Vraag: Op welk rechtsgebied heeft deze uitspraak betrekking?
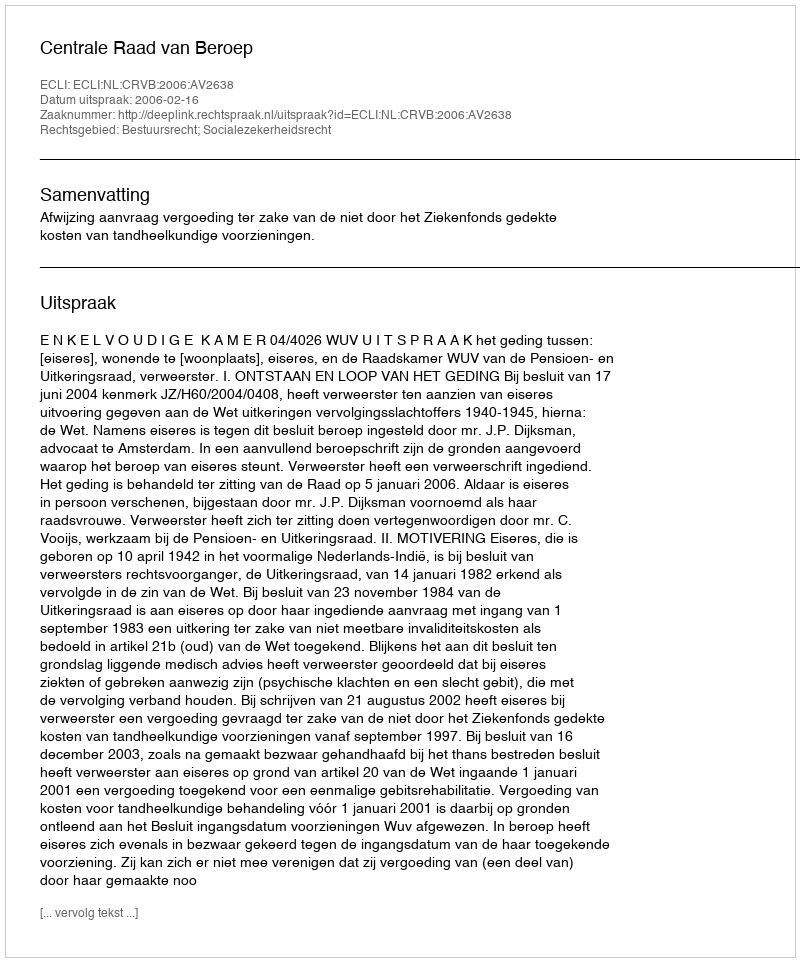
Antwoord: Bestuursrecht; Socialezekerheidsrecht